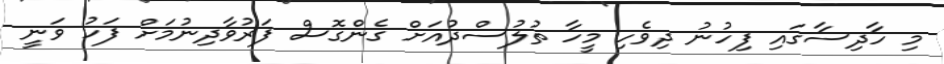
މި ހާދިސާގައި ފިހުނު ދިވެހި މީހާ ތުލުސްދުއަށް ގެންގޮސް ފަރުވާދިނުމަށް ފަހު ވަނީ